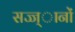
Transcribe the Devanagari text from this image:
सज्ज्ानों